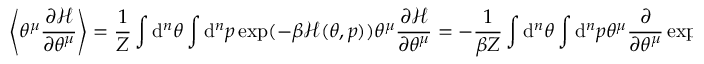
\left\langle \theta ^ { \mu } \frac { \partial \mathcal { H } } { \partial \theta ^ { \mu } } \right\rangle = \frac { 1 } { Z } \int \mathrm { d } ^ { n } \theta \int \mathrm { d } ^ { n } p \: \exp ( - \beta \mathcal { H } ( \theta , p ) ) \theta ^ { \mu } \frac { \partial \mathcal { H } } { \partial \theta ^ { \mu } } = - \frac { 1 } { \beta Z } \int \mathrm { d } ^ { n } \theta \int \mathrm { d } ^ { n } p \: \theta ^ { \mu } \frac { \partial } { \partial \theta ^ { \mu } } \exp ( - \beta \mathcal { H } ( \theta , p ) ) = \frac { n } { \beta }